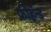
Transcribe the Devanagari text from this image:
फ्रीहॅन्ड